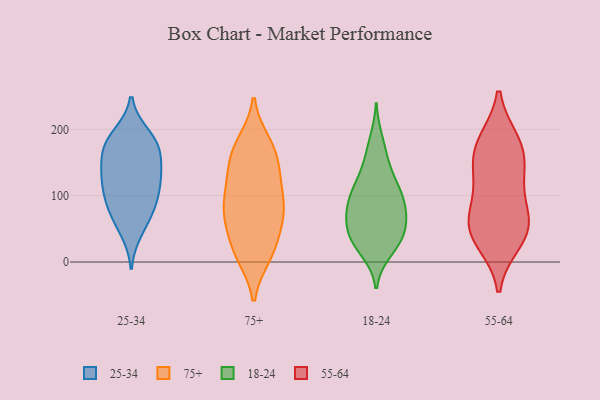
{"axis": {"x": "Page Views", "y": "Value"}, "legend": ["18-24", "25-34", "55-64", "75+"], "data": [{"x": "", "y": 47, "type": "25-34"}, {"x": "", "y": 93, "type": "25-34"}, {"x": "", "y": 191, "type": "25-34"}, {"x": "", "y": 171, "type": "25-34"}, {"x": "", "y": 122, "type": "25-34"}, {"x": "", "y": 134, "type": "25-34"}, {"x": "", "y": 184, "type": "25-34"}, {"x": "", "y": 136, "type": "25-34"}, {"x": "", "y": 80, "type": "25-34"}, {"x": "", "y": 98, "type": "25-34"}, {"x": "", "y": 166, "type": "25-34"}, {"x": "", "y": 175, "type": "25-34"}, {"x": "", "y": 68, "type": "25-34"}, {"x": "", "y": 126, "type": "25-34"}, {"x": "", "y": 79, "type": "75+"}, {"x": "", "y": 179, "type": "75+"}, {"x": "", "y": 25, "type": "75+"}, {"x": "", "y": 136, "type": "75+"}, {"x": "", "y": 61, "type": "75+"}, {"x": "", "y": 89, "type": "75+"}, {"x": "", "y": 58, "type": "75+"}, {"x": "", "y": 129, "type": "75+"}, {"x": "", "y": 13, "type": "75+"}, {"x": "", "y": 99, "type": "75+"}, {"x": "", "y": 128, "type": "75+"}, {"x": "", "y": 72, "type": "75+"}, {"x": "", "y": 168, "type": "75+"}, {"x": "", "y": 84, "type": "75+"}, {"x": "", "y": 15, "type": "75+"}, {"x": "", "y": 10, "type": "75+"}, {"x": "", "y": 159, "type": "75+"}, {"x": "", "y": 175, "type": "75+"}, {"x": "", "y": 20, "type": "18-24"}, {"x": "", "y": 82, "type": "18-24"}, {"x": "", "y": 164, "type": "18-24"}, {"x": "", "y": 106, "type": "18-24"}, {"x": "", "y": 121, "type": "18-24"}, {"x": "", "y": 38, "type": "18-24"}, {"x": "", "y": 114, "type": "18-24"}, {"x": "", "y": 38, "type": "18-24"}, {"x": "", "y": 85, "type": "18-24"}, {"x": "", "y": 72, "type": "18-24"}, {"x": "", "y": 146, "type": "18-24"}, {"x": "", "y": 184, "type": "18-24"}, {"x": "", "y": 52, "type": "18-24"}, {"x": "", "y": 86, "type": "18-24"}, {"x": "", "y": 113, "type": "18-24"}, {"x": "", "y": 62, "type": "18-24"}, {"x": "", "y": 78, "type": "18-24"}, {"x": "", "y": 36, "type": "18-24"}, {"x": "", "y": 16, "type": "18-24"}, {"x": "", "y": 38, "type": "18-24"}, {"x": "", "y": 173, "type": "55-64"}, {"x": "", "y": 47, "type": "55-64"}, {"x": "", "y": 73, "type": "55-64"}, {"x": "", "y": 59, "type": "55-64"}, {"x": "", "y": 168, "type": "55-64"}, {"x": "", "y": 127, "type": "55-64"}, {"x": "", "y": 32, "type": "55-64"}, {"x": "", "y": 125, "type": "55-64"}, {"x": "", "y": 180, "type": "55-64"}, {"x": "", "y": 51, "type": "55-64"}]}